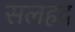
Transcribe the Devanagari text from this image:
सलहद